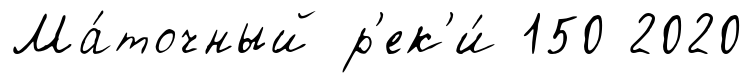
Ма́точный р'ек'и́ 150 2020